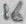
Text: 16